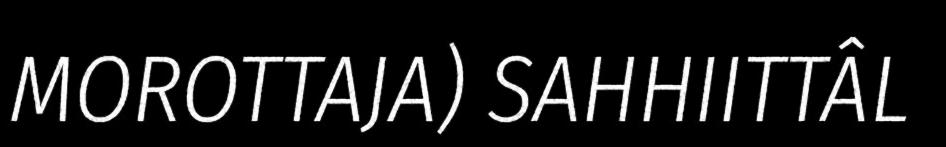
MOROTTAJA) SAHHIITTÂL